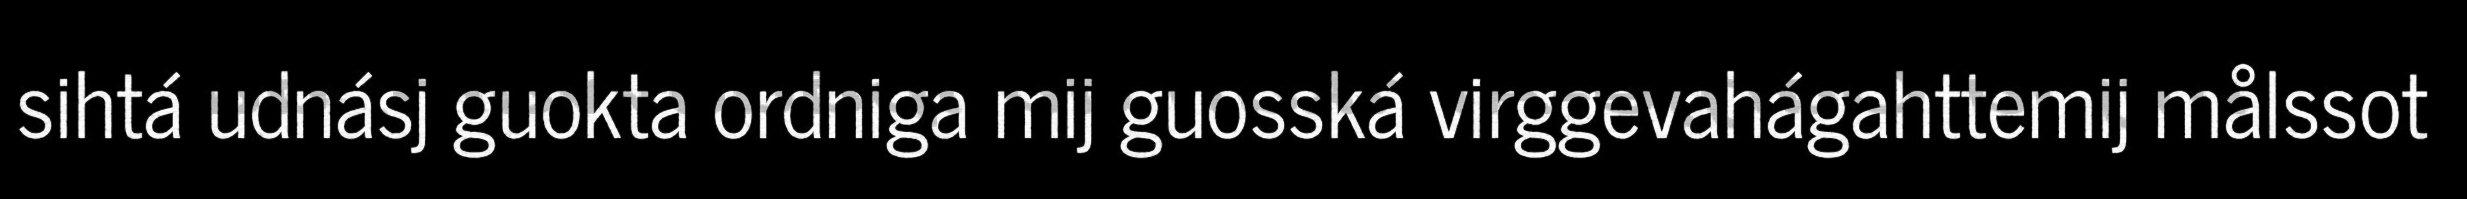
sihtá udnásj guokta ordniga mij guosská virggevahágahttemij målssot